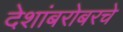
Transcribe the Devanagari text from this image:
देशांबरोबरचे